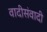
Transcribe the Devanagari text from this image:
वादीसंवादी